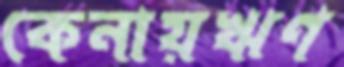
কেনায়ঋণ